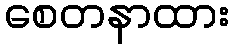
စေတနာထား